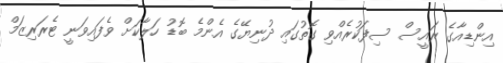
އިންޑިއާގެ ރައީސް ސިފަކުރެއްވި ގޮތުގައި ދުނިޔޭގެ އެންމެ ބޮޑު ހަލާކަށް ވެފައިވަނީ ޓެރަރިޒަމް